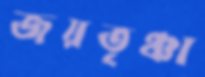
জয়তৃঞ্চা